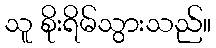
သူ စိုးရိမ်သွားသည်။